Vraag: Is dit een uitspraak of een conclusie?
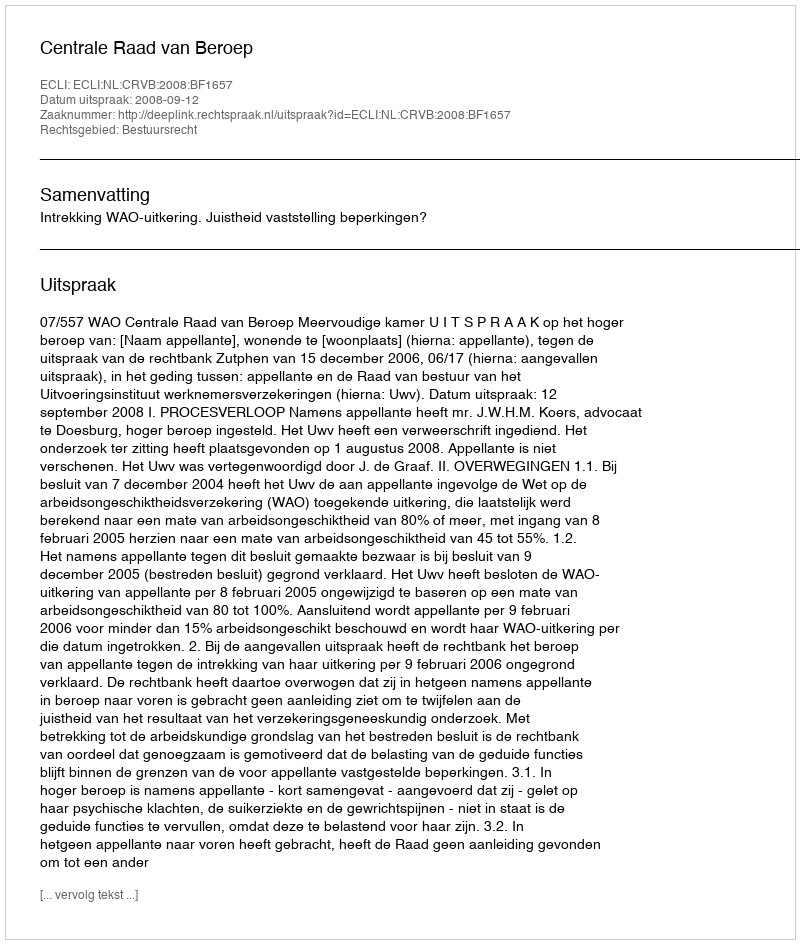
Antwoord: Uitspraak